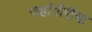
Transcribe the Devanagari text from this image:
जहांगीरीचा